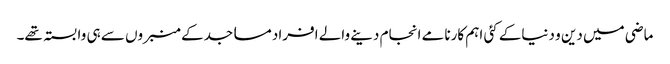
ماضی میں دین و دنیاکے کئی اہم کارنامے انجام دینے والے افراد مساجدکے منبروں سے ہی وابستہ تھے۔